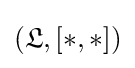
({\mathfrak {L}},[*,*])